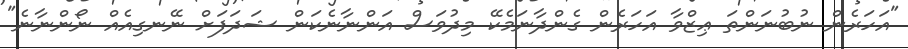
"އަހަރެން ނުބުނަންތަ ޢިޒްވާ އަހަރެން ގެންދާނަމެކޭ މިދުވަސް އަންނާނެކަން ޝަދަފަށް ނޭނގިއެއް ނޯންނާނެ"